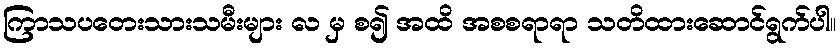
ကြာသပတေးသားသမီးများ လ မှ စ၍ အထိ အစစရာရာ သတိထားဆောင်ရွက်ပါ။